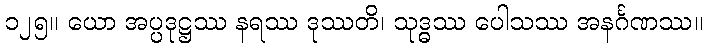
၁၂၅။ ယော အပ္ပဒုဋ္ဌဿ နရဿ ဒုဿတိ၊ သုဒ္ဓဿ ပေါသဿ အနင်္ဂဏဿ။